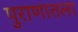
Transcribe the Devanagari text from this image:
पुराणातला